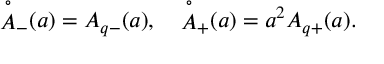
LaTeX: { \mathop { A } ^ { \circ } } _ { - } ( a ) = A _ { q - } ( a ) , \quad { \mathop { A } ^ { \circ } } _ { + } ( a ) = a ^ { 2 } A _ { q + } ( a ) .